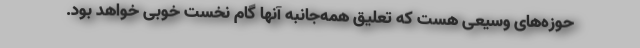
حوزه‌های وسیعی هست که تعلیق همه‌جانبه آنها گام نخست خوبی خواهد بود.